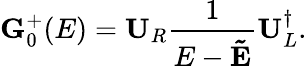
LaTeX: \mathbf{G}_{0}^{+}(E)=\mathbf{U}_{R}\frac{1}{E-\mathbf{\tilde{E}}}\mathbf{U}_{L}^{\dagger}.